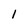
Character: l